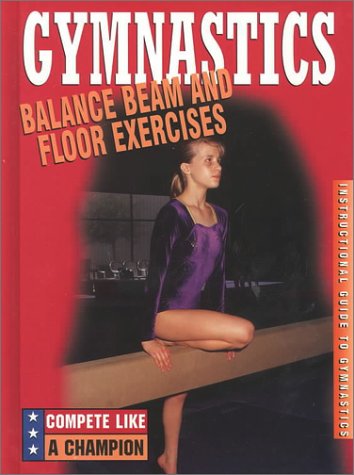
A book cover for Balance Beam and Floor Exercises (Compete Like a Champion); Joanne Mattern; Children's Books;